Senior Leaving Certificate Examination (including Day School Certificate (Higher) General paper), 1946
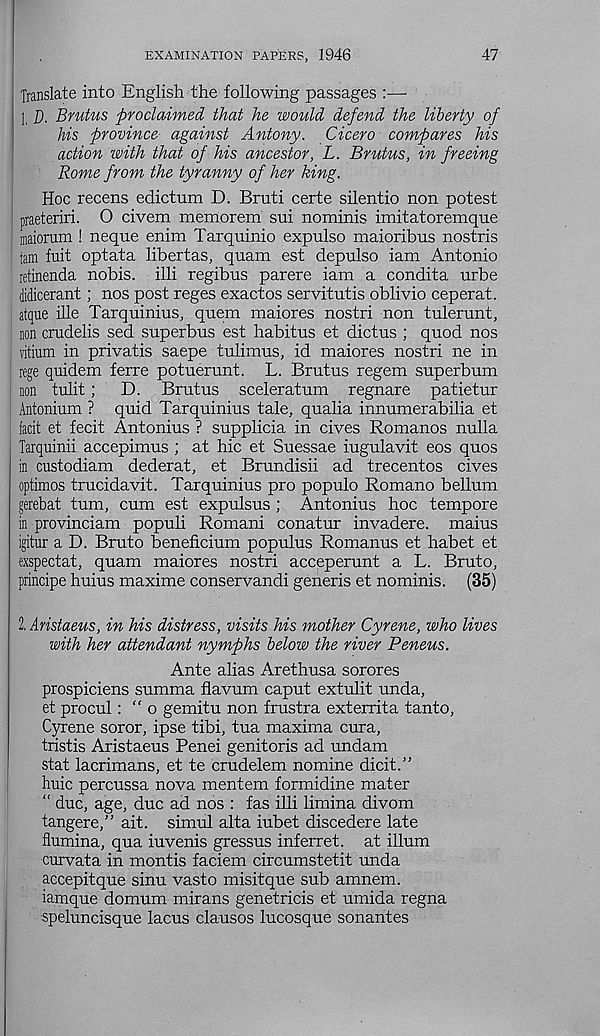
EXAMINATION PAPERS, 1946
47
Translate into English the following passages :—
], D. Brutus proclaimed that he would defend the liberty of
his province against Antony. Cicero compares his
action with that of his ancestor, L. Brutus, in freeing
Rome from the tyranny of her king.
Hoc recens edictum D. Bruti certe silentio non potest
praeteriri. O civem memorem sui nominis imitatoremque
maiorum ! neque enim Tarquinio expulso maioribus nostris
tam fuit optata libertas, quam est depulso iam Antonio
retinenda nobis, illi regibus parere iam a condita urbe
didicerant; nos post reges exactos servitutis oblivio ceperat.
atque ihe Tarquinius, quern maiores nostri non tulerunt,
non crudelis sed superbus est habitus et dictus ; quod nos
vitium in privatis saepe tulimus, id maiores nostri ne in
rege quidem ferre potuerunt. L. Brutus regem superbum
non tulit;
D. Brutus sceleratum regnare patietur
Antonium ? quid Tarquinius tale, qualia innumerabilia et
{acit et fecit Antonius ? supplicia in cives Romanos nulla
Tarquinii accepimus ; at hie et Suessae iugulavit eos quos
in custodiam dederat, et Brundisii ad trecentos cives
optimos trucidavit. Tarquinius pro populo Romano bellum
gerebat turn, cum est expulsus ; Antonius hoc tempore
in provinciam populi Romani conatur invadere. maius
igitur a D. Bruto beneficium populus Romanus et habet et
exspectat, quam maiores nostri acceperunt a L. Bruto,
principe huius maxime conservandi generis et nominis. (35)
2, Aristaeus, in his distress, visits his mother Cyrene, who lives
with her attendant nymphs below the river Peneus.
Ante alias Arethusa sorores
prospiciens summa flavum caput extulit unda,
et procul: “ o gemitu non frustra exterrita tanto,
Cyrene soror, ipse tibi, tua maxima cura,
tristis Aristaeus Penei genitoris ad undam
stat lacrimans, et te crudelem nomine dicit.”
huic percussa nova mentem formidine mater
“ due, age, due ad nos : fas illi limina divom
tangere,” ait. simul alta iubet discedere late
flumina, qua iuvenis gressus inferret, at ilium
curvata in montis faciem circumstetit unda
accepitque sinu vasto misitque sub amnem.
iamque domum mirans genetricis et umida regna
speluncisque lacus clauses lucosque sonantes